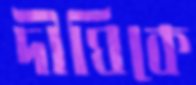
দীঘিকে